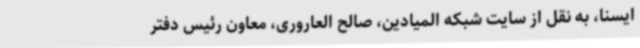
ایسنا، به نقل از سایت شبکه المیادین، صالح العاروری، معاون رئیس دفتر